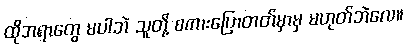
ထိုအရာတွေ မပါဘဲ သူတို့ စကားပြောတတ်မှာမှ မဟုတ်ဘဲလေ။